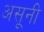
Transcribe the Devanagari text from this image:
असूनी